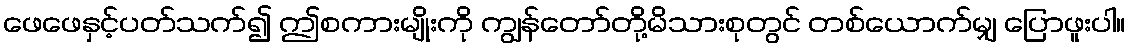
ဖေဖေနှင့်ပတ်သက်၍ ဤစကားမျိုးကို ကျွန်တော်တို့မိသားစုတွင် တစ်ယောက်မျှ ပြောဖူးပါ။